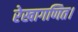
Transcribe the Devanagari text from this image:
रेखागणित।